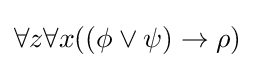
\forall z\forall x((\phi \lor \psi )\rightarrow \rho )